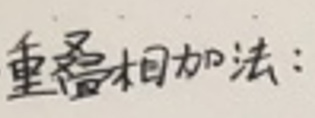
重叠相加法：